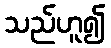
သည်ဟူ၍